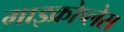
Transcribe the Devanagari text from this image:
माइक्रोप्लेस